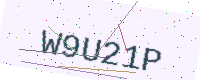
Text: W9U21P